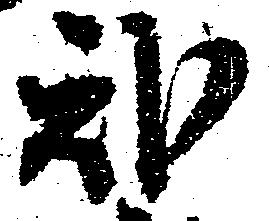
弐